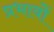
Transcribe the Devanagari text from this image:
प्रभावोें